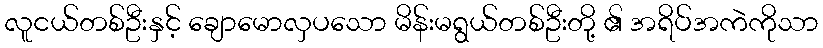
လူငယ်တစ်ဦးနှင့် ချောမောလှပသော မိန်းမရွယ်တစ်ဦးတို့ ၏ အရိပ်အကဲကိုသာ